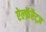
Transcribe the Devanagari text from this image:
ऐल्फ़ॅरैट्ज़